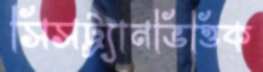
সিসট্র্যানভিত্তিক